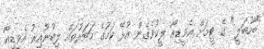
"ބާހުބަލީ" ގެ ޓީމަށް އެވީޑިއޯ ލީކުވެގެން އުޅޭ ކަމުގެ ހަބަރުތައް ލިބުނުއިރު އެވީޑިއޯ